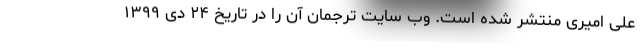
علی امیری منتشر شده است. وب سایت ترجمان آن را در تاریخ ۲۴ دی ۱۳۹۹